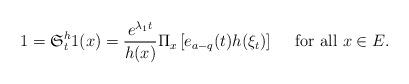
LaTeX: \begin{align*}1=\mathfrak{S}^{h}_{t}1(x)=\frac{e^{\lambda_{1}t}}{h(x)}\Pi_{x}\left[e_{a-q}(t)h(\xi_{t})\right]\quad\mbox{ for all }x\in E.\end{align*}